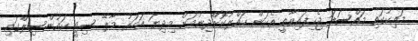
މައިކުގައި މައްސަލަ ޖެހިފައިވާތީ އެކަން ހައްލުކޮށްދިނުމަށް މިދިޔަ އަހަރު މާލޭ ސިޓީ ކައުންސިލްގައި